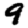
Digit: 9